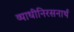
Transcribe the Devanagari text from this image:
व्याधीनिरसनार्थ